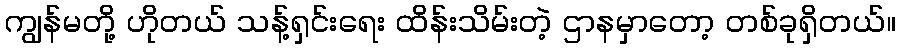
ကျွန်မတို့ ဟိုတယ် သန့်ရှင်းရေး ထိန်းသိမ်းတဲ့ ဌာနမှာတော့ တစ်ခုရှိတယ်။